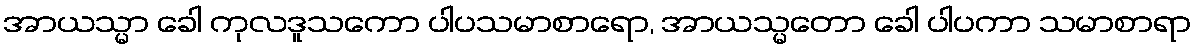
အာယသ္မာ ခေါ ကုလဒူသကော ပါပသမာစာရော, အာယသ္မတော ခေါ ပါပကာ သမာစာရာ